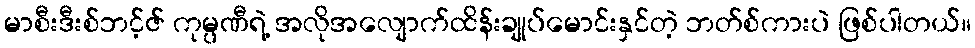
မာစီးဒီးစ်ဘင့်ဇ် ကုမ္ပဏီရဲ့ အလိုအလျောက်ထိန်းချုပ်မောင်းနှင်တဲ့ ဘတ်စ်ကားပဲ ဖြစ်ပါတယ်။